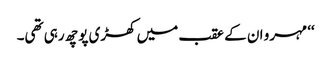
‘‘ مہرو ان کے عقب میں کھڑی پوچھ رہی تھی۔